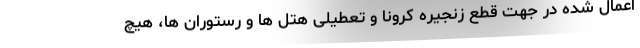
اعمال شده در جهت قطع زنجیره کرونا و تعطیلی هتل ها و رستوران ها، هیچ